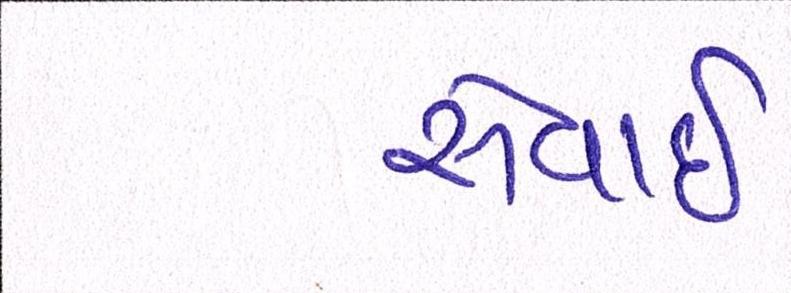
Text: સેવાઇ